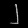
Digit: ၂